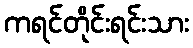
ကရင်တိုင်းရင်းသား